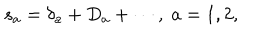
LaTeX: s _ { a } = \delta _ { a } + D _ { a } + \cdots , \; a = 1 , 2 ,